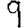
Digit: 9